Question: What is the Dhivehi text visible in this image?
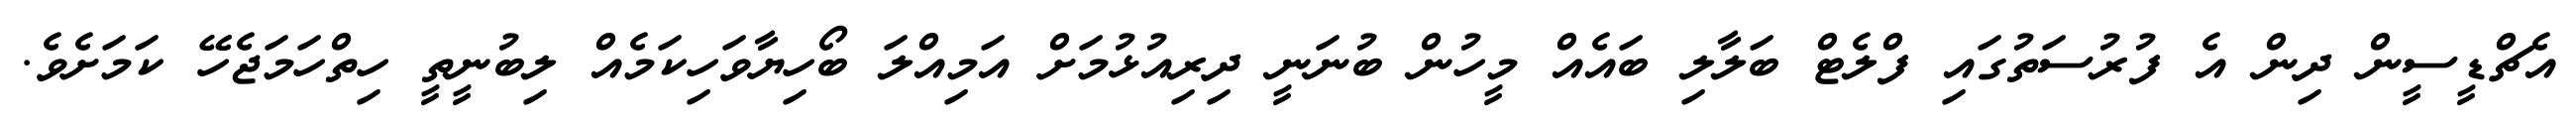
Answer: އެޗްޑީސީން ދިން އެ ފުރުސަތުގައި ފްލެޓް ބަލާލި ބައެއް މީހުން ބުނަނީ ދިރިއުޅުމަށް އަމިއްލަ ބޯހިޔާވަހިކަމެއް ލިބުނީތީ ހިތްހަމަޖެހޭ ކަމަށެވެ.